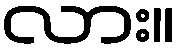
လား။